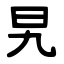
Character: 旯